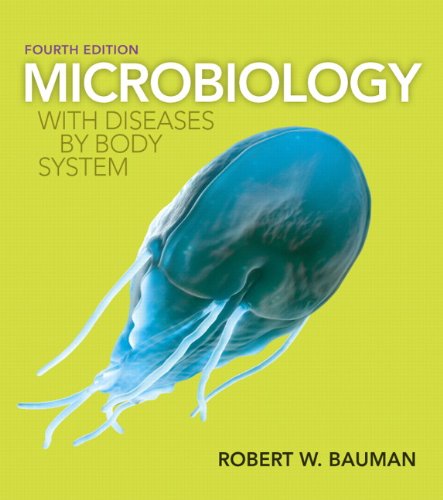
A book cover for Microbiology with Diseases by Body System (4th Edition); Robert W. Bauman Ph.D.; Medical Books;